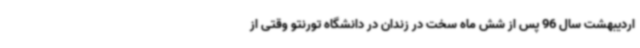
اردیبهشت سال 96 پس از شش ماه سخت در زندان در دانشگاه تورنتو وقتی از